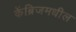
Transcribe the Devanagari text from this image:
केंब्रिजमधील